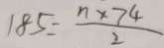
1 8 5 = \frac { n \times 7 4 } { 2 }